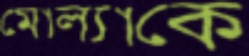
মোল্যাকে